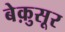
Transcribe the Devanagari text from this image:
बेक़ुसूर